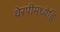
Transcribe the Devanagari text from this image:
थेरपीमध्येहि